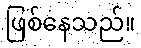
ဖြစ်နေသည်။